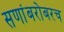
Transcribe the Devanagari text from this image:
सणांबरोबरच